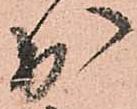
出